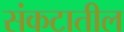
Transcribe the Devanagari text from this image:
संकटातील